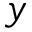
y